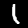
Digit: 1